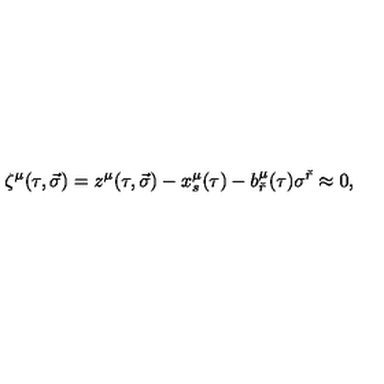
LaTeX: \zeta ^ { \mu } ( \tau , \vec { \sigma } ) = z ^ { \mu } ( \tau , \vec { \sigma } ) - x _ { s } ^ { \mu } ( \tau ) - b _ { \check { r } } ^ { \mu } ( \tau ) \sigma ^ { \check { r } } \approx 0 ,